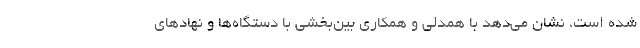
شده است، نشان می‌دهد با همدلی و همکاری بین‌بخشی با دستگاه‌ها و نهادهای